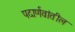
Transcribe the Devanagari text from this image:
पदार्णवांतील